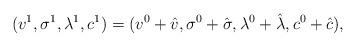
LaTeX: \begin{align*}(v^1,\sigma^1,\lambda^1,c^1)=(v^0+\hat{v},\sigma^0+\hat{\sigma},\lambda^0+\hat{\lambda},c^0+\hat{c}),\end{align*}